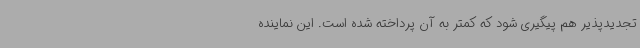
تجدیدپذیر هم پیگیری شود که کمتر به آن پرداخته شده است. این نماینده